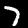
Digit: 7